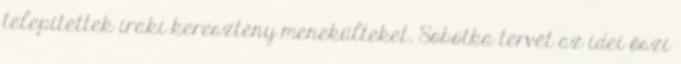
telepítettek iraki keresztény menekülteket. Sobotka tervét az idei őszi